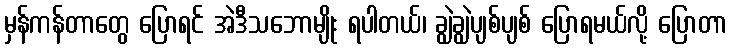
မှန်ကန်တာတွေ ပြောရင် အဲဒီသဘောမျိုး ရပါတယ်၊ ချွဲချွဲပျစ်ပျစ် ပြောရမယ်လို့ ပြောတာ